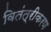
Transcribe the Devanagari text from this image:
वितंत्रीकरण